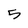
Character: 5